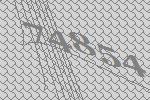
74854